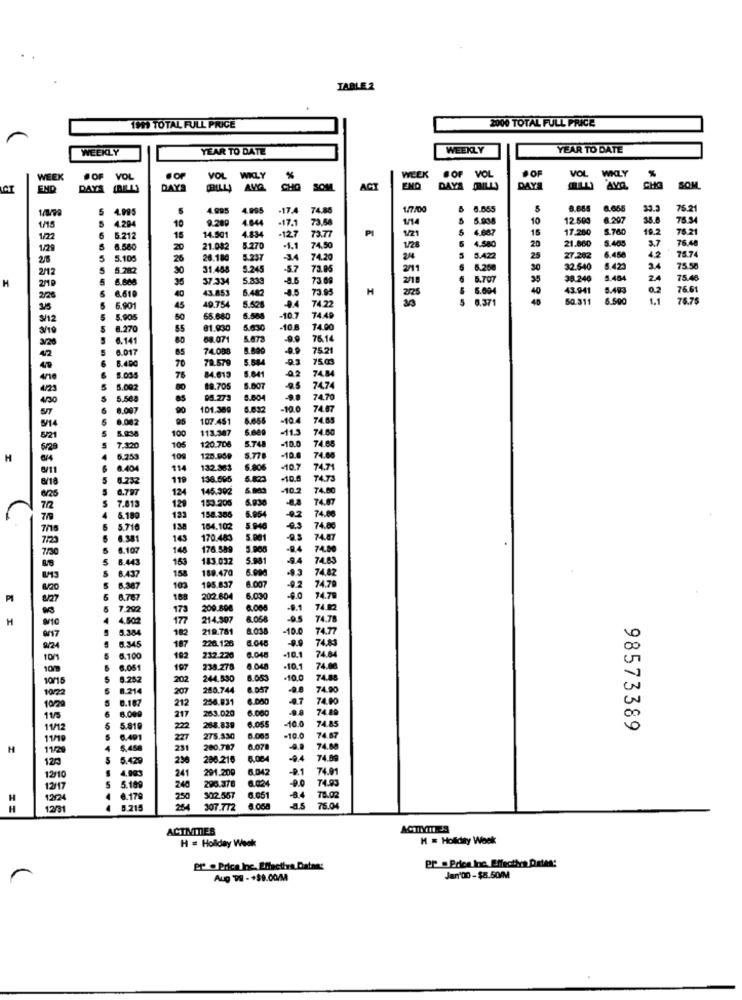
TABLE 2
2000 TOTAL FULL PRICE
1991 TOTAL FULL PRICE
WEEKLY
YEAR TO DATE
WEEKLY
YEAR TO DATE
OF
VOL
WKLY
WEEK
#OF
VOL
VOL
WKLY
%
WEEK
VOL
EMD
DAYS
DAYS
CHILL AVG
CHO
SOM
ACT
END
DAYS DRILLS
DAYS
AYn.
CHO
SOM
4.995
4.995
4.995
.17.4
74.86
1/7/00
0.655
8.665
33.3
75.21
4.294
9.200
4040
.17.1
73,58
1/14
5
5.938
10
12.500
8.207
38.6
75.94
1/15
6
18
10
-12.7
73.77
PI
1/21
4.087
15
17.260
8.760
19.2
78.21
1/22
5.212
14.501
4.834
4.580
21.860
5.40
3.7
76.48
1/29
8.580
20
21.082
5.270
74.5
1/28
20
4.2
75.74
2/6
5
5.105
26
28.180
5.237
-34
74.20
24
5.422
25
27.202
6.450
2/12
5.282
30
31.458
5.245
-5.7
73.85
2/11
30
32.540
5.423
75.58
5 6.808
35
37.334
5.833
73.09
2/18
5.707
38.246
5.46
2.4
75.4
H
219
40
43.853
6.482
-8.5
73.95
H
2/25
5.004
43.941
5.483
0.2
76.6
2/26
6.610
49.754
74.22
5 0.371
40
50.311
6.500
1.1
76.7
3/5
6.901
45
S/12
5.905
50
65.680
5.508
-10.7
7449
8.270
55
81.930
5.630
-10.8
74.00
20
6.141
88.071
5.873
76.14
1017
85
74.008
8.890
75.21
42
70
79.579
5.584
75.03
76
1.035
84.613
5.641
02
74.84
3.002
89.705
5.007
74.74
08.273
8.004
74.70
1.007
101.389
8.632
-10.0
74.87
107.451
-10.4
74.65
100
113.387
6.669
-115
74.60
7.120
120.706
5.748
74.68
105
-10.0
H
109
120.959
-10.
74.68
114
132.363
-10.7
74.71
119
130.695
+10.5
74.73
124
145.392
-10.2
74.80
153.205
74.8
129
158.386
123
74.00
130
164.102
5 940
74.00
143
170.483
74.87
5.107
148
176.589
5.900
-24
74.00
153
143.032
5.981
-9.4 74.83
8.437
158
189.470
74.82
6.367
103
195.837
8.007
-4.2
74.79
PI
188
202.604
6.000
-4.0
74.79
173
209.808
6.00
74.82
H
177
214.507
74.78
5.384
182
219.781
8.038
-10.0
74.77
1.345
187
226.126
74.83
9/24
10/1
3.100
182
232.220
6.04
-10.1
74.84
1.061
197
238.278
8.048
-10.1
74.00
5.252
202
244.530
8.05
.10.0
74.88
10/22
8.214
207
280.744
8.057
-0.0
74.90
8.187
212
256.831
6.000
74.90
10/20
8.009
283.020
6.000
4.7
74.89
115
217
-10.0
74.85
11/12
5.81
222
265.839
98573389
11/19
6.401
227
275.330
8.005
-10.0
74.87
H
11/20
231
200.787
8.078
74.88
120
5.429
236
286.216
8.004
-9.4 74.09
4.993
241
291.200
6.042
-0.1
74.01
12/10
5
5.199
12/17
240
296.378
-9.0 74.93
H
124
0.17ª
250
302.567
6.061
78.02
75.04
12/31
4 6.215
307.772 8.068
as
ACTIVITIES
H = Holiday Week
M = Holiday Week
er . Price Inc. Effective Datees
Aug 99 - +39.00/M
Jan'00- $8.50/M